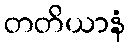
တတိယာနံ